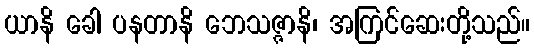
ယာနိ ခေါ ပနတာနိ ဘေသဇ္ဇာနိ၊ အကြင်ဆေးတို့သည်။